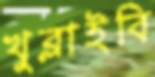
খুব্‌লাইবি